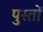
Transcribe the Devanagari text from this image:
पुस्तों